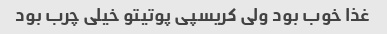
غذا خوب بود ولی کریسپی پوتیتو خیلی چرب بود